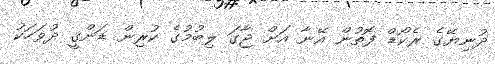
ދުނިޔޭގެ ރެކޯޑް ފޮތުން އޭނާ އަށް ޖާގަ ލިބުމުގެ ކުރިން ޑަންގީ ދުވަހަކު